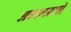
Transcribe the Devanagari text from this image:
अकालग्रस्तों